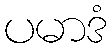
ပမာဒံ